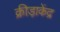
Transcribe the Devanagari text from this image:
क्रीड़ाकेंद्र